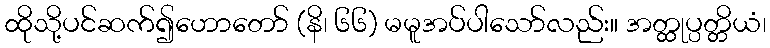
ထိုသို့ပင်ဆက်၍ဟောတော် (နိ၊ ၆၆) မမူအပ်ပါသော်လည်း။ အတ္ထုပ္ပတ္တိယံ၊